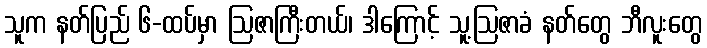
သူက နတ်ပြည် ၆-ထပ်မှာ ဩဇာကြီးတယ်၊ ဒါကြောင့် သူ့ဩဇာခံ နတ်တွေ ဘီလူးတွေ